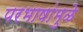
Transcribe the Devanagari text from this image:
परभाषांमुळे